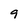
Character: 9